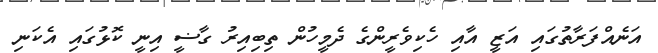
އަނެއްފަރާތުގައި އަޒީ އާއި ހެކިވެރީންގެ ދެމީހުން ތިބިއިރު ގާޟީ އިނީ ކޮޅުގައި އެކަނި